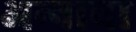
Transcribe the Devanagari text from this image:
अन्‍नाचा